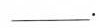
___.